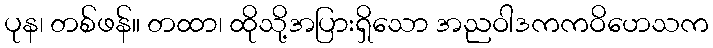
ပုန၊ တစ်ဖန်။ တထာ၊ ထိုသို့အပြားရှိသော အညဝါဒကကဝိဟေသက